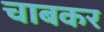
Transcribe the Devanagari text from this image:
चाबकर